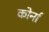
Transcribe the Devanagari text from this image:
कोर्ना